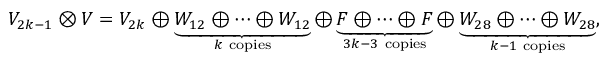
V _ { 2 k - 1 } \otimes V = V _ { 2 k } \oplus \underbrace { W _ { 1 2 } \oplus \cdots \oplus W _ { 1 2 } } _ { k \mathrm { \normalfont \ c o p i e s } } \oplus \underbrace { F \oplus \cdots \oplus F } _ { 3 k - 3 \mathrm { \normalfont \ c o p i e s } } \oplus \underbrace { W _ { 2 8 } \oplus \cdots \oplus W _ { 2 8 } } _ { k - 1 \mathrm { \normalfont \ c o p i e s } } ,